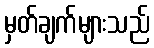
မှတ်ချက်များသည်